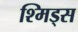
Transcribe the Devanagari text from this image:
श्मिड्स